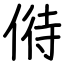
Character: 偫